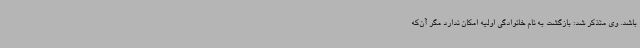
باشد. وی متذکر شد: بازگشت به نام خانوادگی اولیه امکان ندارد مگر آن‌که